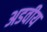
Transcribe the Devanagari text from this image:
अडवीय